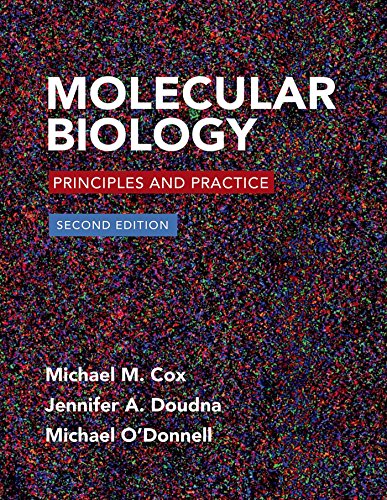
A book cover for Molecular Biology: Principles and Practice; Michael M. Cox; Engineering & Transportation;